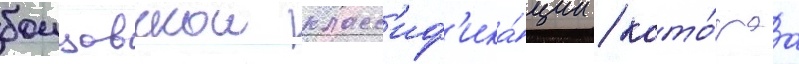
боицовскои класс'иф'ика́ции / кото́раа